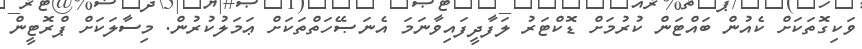
ވަކިގޮތަކަށް ކެއުން ބައްޓަން ކުރުމަށް ޑޮކްޓަރު ލަފާދީފައިވާނަމަ އެނަޞޭހަތްތަކަށް ޢަމަލުކުރުން. މިސާލަކަށް ޕްރޮޓީން